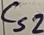
Text: Cs2